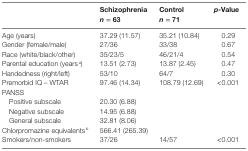
|  | Schizophrenian = 63 | Controln = 71 | p-Value |
 | --- | --- | --- | --- |
 | Age (years) | 37.29 (11.57) | 35.21 (10.84) | 0.29 |
 | Gender (female/male) | 27/36 | 33/38 | 0.67 |
 | Race (white/black/other) | 35/23/5 | 46/21/4 | 0.54 |
 | Parental education (yearsa) | 13.51 (2.73) | 13.87 (2.45) | 0.47 |
 | Handedness (right/left) | 53/10 | 64/7 | 0.30 |
 | Premorbid IQ – WTAR | 97.46 (14.34) | 108.79 (12.69) | <0.001 |
 | PANSS |  |  |  |
 | Positive subscale | 20.30 (6.88) |  |  |
 | Negative subscale | 14.95 (6.88) |  |  |
 | General subscale | 32.81 (8.06) |  |  |
 | Chlorpromazine equivalentsb | 566.41 (265.39) |  |  |
 | Smokers/non-smokers | 37/26 | 14/57 | <0.001 |